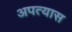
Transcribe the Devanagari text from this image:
अपत्यास